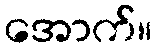
အောက်။